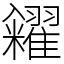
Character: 糴